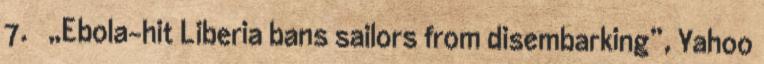
7. ↑ „Ebola-hit Liberia bans sailors from disembarking”, Yahoo